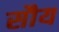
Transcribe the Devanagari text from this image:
सौय